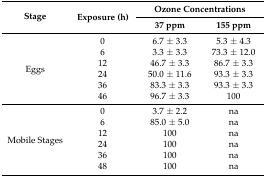
<table><thead><tr><td rowspan="2"><b>Stage</b></td><td rowspan="2"><b>Exposure (h)</b></td><td colspan="2"><b>Ozone Concentrations</b></td></tr><tr><td><b>37 ppm</b></td><td><b>155 ppm</b></td></tr></thead><tbody><tr><td rowspan="6">Eggs</td><td>0</td><td>6.7 ± 3.3</td><td>5.3 ± 4.3</td></tr><tr><td>6</td><td>3.3 ± 3.3</td><td>73.3 ± 12.0</td></tr><tr><td>12</td><td>46.7 ± 3.3</td><td>86.7 ± 3.3</td></tr><tr><td>24</td><td>50.0 ± 11.6</td><td>93.3 ± 3.3</td></tr><tr><td>36</td><td>83.3 ± 3.3</td><td>93.3 ± 3.3</td></tr><tr><td>46</td><td>96.7 ± 3.3</td><td>100</td></tr><tr><td rowspan="6">Mobile Stages</td><td>0</td><td>3.7 ± 2.2</td><td>na</td></tr><tr><td>6</td><td>85.0 ± 5.0</td><td>na</td></tr><tr><td>12</td><td>100</td><td>na</td></tr><tr><td>24</td><td>100</td><td>na</td></tr><tr><td>36</td><td>100</td><td>na</td></tr><tr><td>48</td><td>100</td><td>na</td></tr></tbody></table>